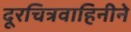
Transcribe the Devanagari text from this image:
दूरचित्रवाहिनीने